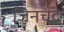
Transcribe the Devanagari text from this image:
जिनचंद्र